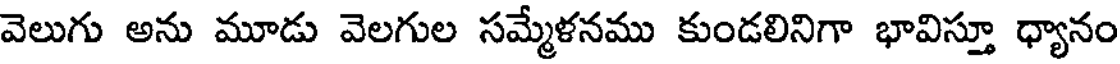
వెలుగు అను మూడు వెలగుల సమ్మేళనము కుండలినిగా భావిస్తూ ధ్యానం